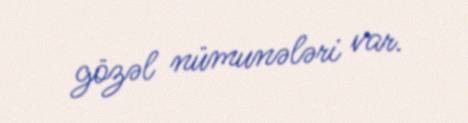
gözəl nümunələri var.